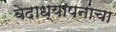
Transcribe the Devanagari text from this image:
वेदाध्यापनाचा